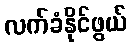
လက်ခံနိုင်ဖွယ်